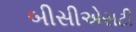
બીસીએસટી